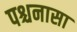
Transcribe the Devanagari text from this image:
पश्चनासा